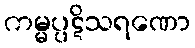
ကမ္မပ္ပဋိသရဏော